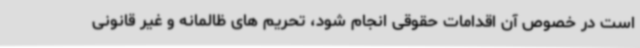
است در خصوص آن اقدامات حقوقی انجام شود، تحریم های ظالمانه و غیر قانونی